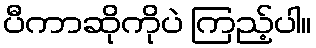
ပီကာဆိုကိုပဲ ကြည့်ပါ။